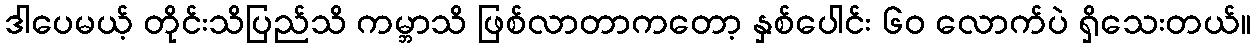
ဒါပေမယ့် တိုင်းသိပြည်သိ ကမ္ဘာသိ ဖြစ်လာတာကတော့ နှစ်ပေါင်း ၆၀ လောက်ပဲ ရှိသေးတယ်။